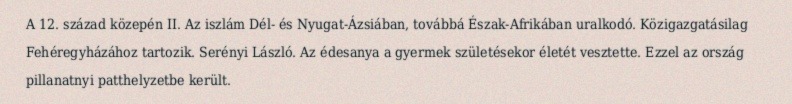
A 12. század közepén II. Az iszlám Dél- és Nyugat-Ázsiában, továbbá Észak-Afrikában uralkodó. Közigazgatásilag Fehéregyházához tartozik. Serényi László. Az édesanya a gyermek születésekor életét vesztette. Ezzel az ország pillanatnyi patthelyzetbe került.